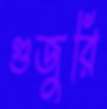
গুজুরি